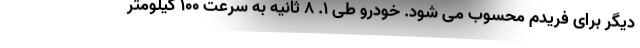
دیگر برای فریدم محسوب می شود. خودرو طی 1. 8 ثانیه به سرعت 100 کیلومتر